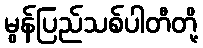
မွန်ပြည်သစ်ပါတီတို့